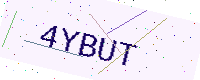
Text: 4YBUT